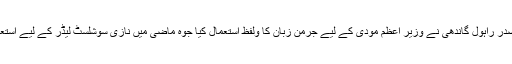
کانگریس کے صدر راہول گاندھی نے وزیر اعظم مودی کے لیے جرمن زبان کا ولفظ استعمال کیا جوہ ماضی میں نازی سوشلسٹ لیڈر کے لیے استعمال کیا جاتا تھا۔